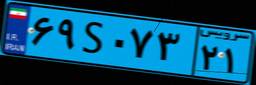
۶۹S۰۷۳۲۱